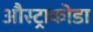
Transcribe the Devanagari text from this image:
औस्ट्राकोडा